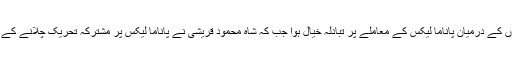
دونوں سیاسی جماعتوں کے رہنماؤں کے درمیان پاناما لیکس کے معاملے پر تبادلہ خیال ہوا جب کہ شاہ محمود قریشی نے پاناما لیکس پر مشترکہ تحریک چلانے کے لئے پیپلزپارٹی کو دعوت بھی دی۔